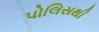
પોલિસથી